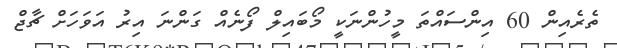
ތެރެއިން 60 އިންސައްތަ މީހުންނަކީ މޯބައިލް ފޯނެއް ގަންނަ އިރު އަވަހަށް ޗާޖް